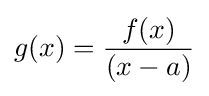
{\textstyle g(x)={\dfrac {f(x)}{(x-a)}}}